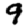
Digit: 9